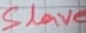
Text: Slave